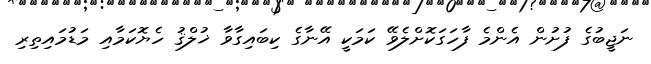
ނަޖީބުގެ ފުށުން އެންމެ ފާހަގަކޮށްލެވޭ ކަމަކީ އޭނާގެ ކިބައިގާވާ ޚުލްޤު ހެޔޮކަމާއި މަޑުމައިތިރި